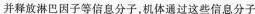
并释放淋巴因子等信息分子，机体通过这些信息分子